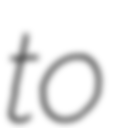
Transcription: to